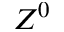
Z ^ { 0 }